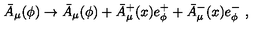
\bar { A } _ { \mu } ( \phi ) \rightarrow \bar { A } _ { \mu } ( \phi ) + \bar { A } _ { \mu } ^ { + } ( x ) e _ { \phi } ^ { + } + \bar { A } _ { \mu } ^ { - } ( x ) e _ { \phi } ^ { - } \ ,